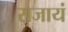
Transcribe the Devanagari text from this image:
राजायं